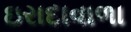
ઇરાદાવાળા